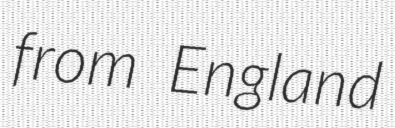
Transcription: from England